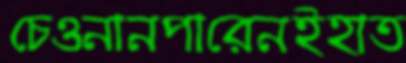
চেওনানপারেনইহাত